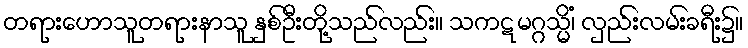
တရားဟောသူတရားနာသူ နှစ်ဦးတို့သည်လည်း။ သကဋမဂ္ဂသ္မိံ၊ လှည်းလမ်းခရီး၌။